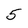
Character: 5